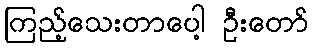
ကြည့်သေးတာပေါ့ ဦးတော်